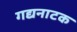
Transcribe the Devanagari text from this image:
गद्यनाटक